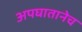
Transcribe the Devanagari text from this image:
अपघातानेच